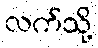
လက်သို့